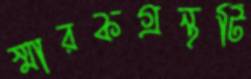
স্মারকগ্রন্থটি